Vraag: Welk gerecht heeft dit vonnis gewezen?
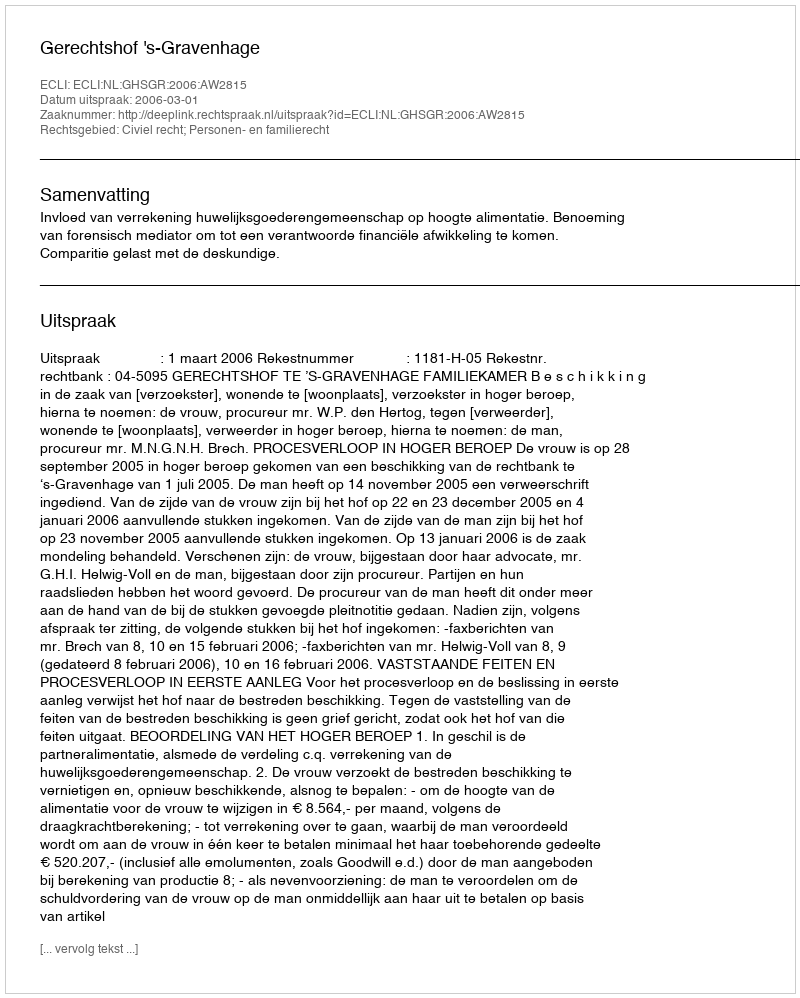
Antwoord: Gerechtshof 's-Gravenhage